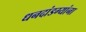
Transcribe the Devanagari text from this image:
धनदांडग्यांना